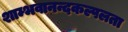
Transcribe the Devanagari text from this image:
शाम्भवानन्दकल्पलता